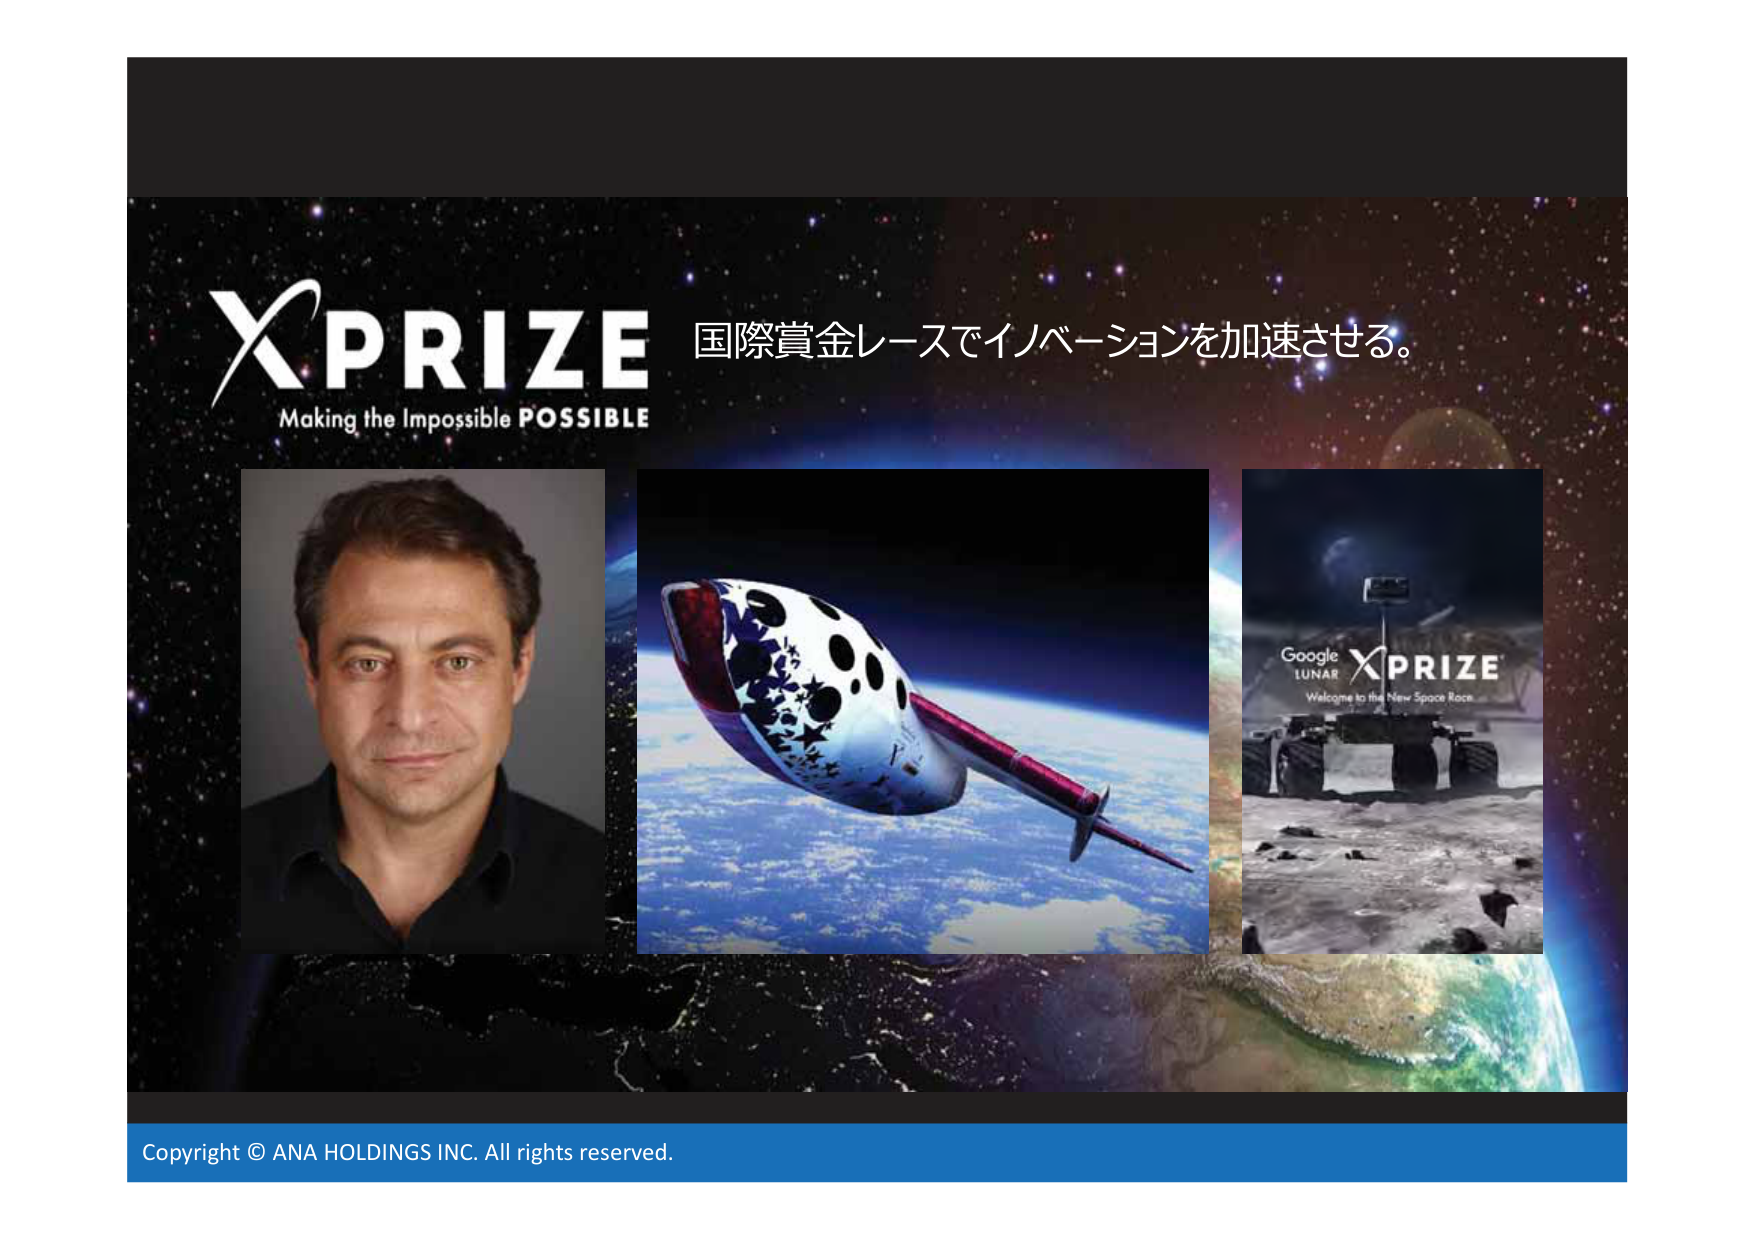
XPRIZE
Making the Impossible POSSIBLE
国際賞金レースでイノベーションを加速させる。
Google
LUNAR
XPRIZE
Welcome to the New Space Race
Copyright © ANA HOLDINGS INC. All rights reserved.